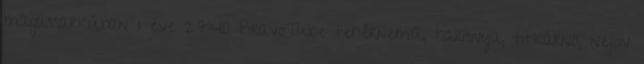
magassarkúban 1 éve 27:40 BravoTube fehérnemű, harisnya, titkárnő, nejlon